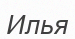
Илья